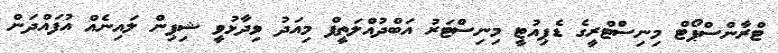
ޓްރާންސްޕޯޓް މިނިސްޓްރީގެ ޑެޕިއުޓީ މިނިސްޓަރު އަބްދުއްލަތީފް މިއަދު ވިދާޅުވީ ޝިޕިން ލައިނެއް އުފައްދަން